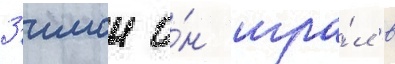
З'имои о́н игра́л в